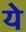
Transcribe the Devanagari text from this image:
येे